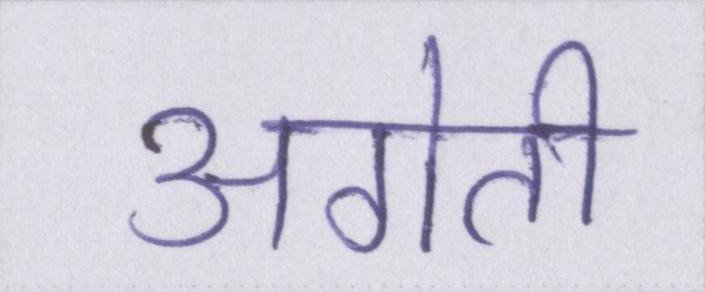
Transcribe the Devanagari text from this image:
अगेती